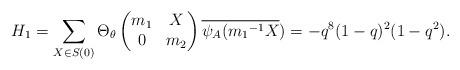
LaTeX: \begin{align*} H_1=\sum_{X \in S(0)}\Theta_{\theta} \begin{pmatrix} m_1 & X\\ 0 & m_2\end{pmatrix}\overline{\psi_A({m_1}^{-1}X})=-q^8(1-q)^2(1-q^2).\end{align*}